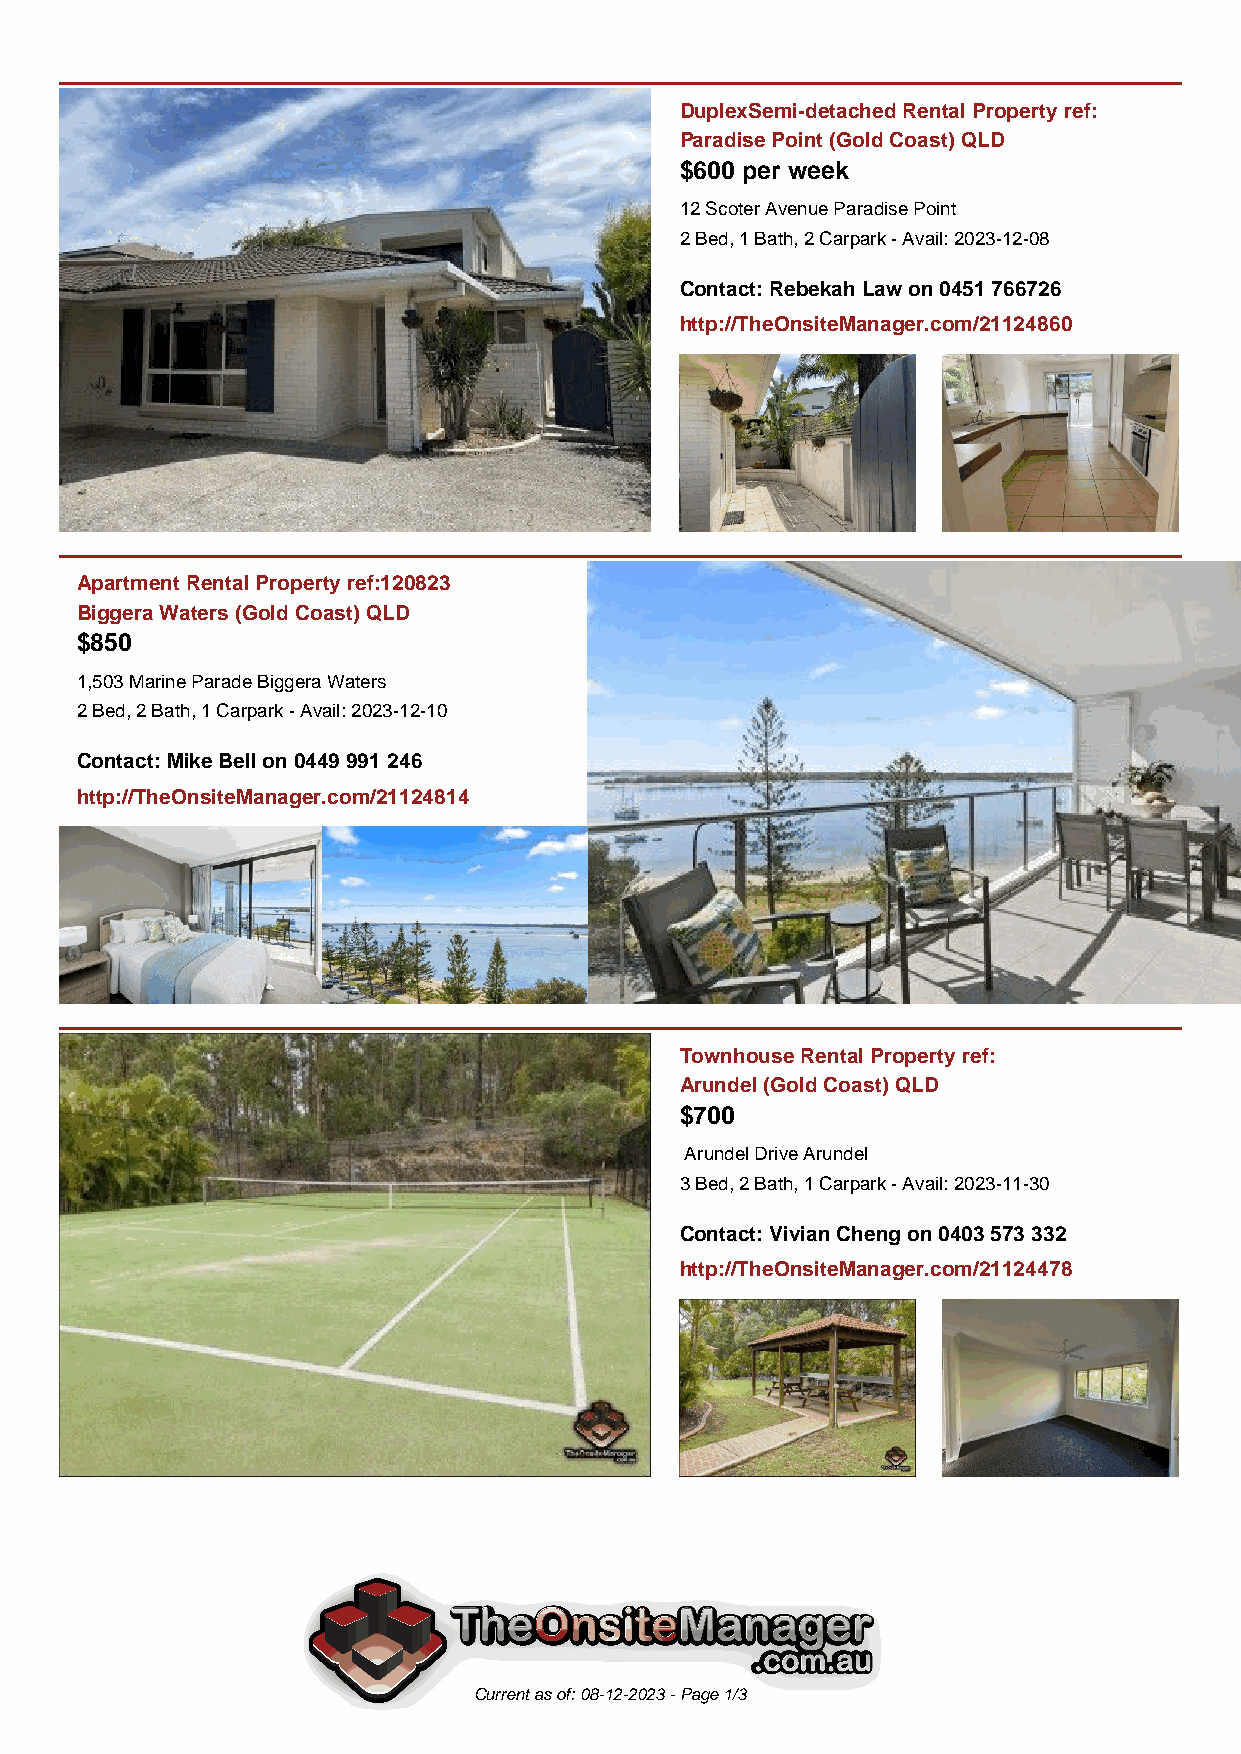
DuplexSemi-detached Rental Property ref:
 Paradise Point (Gold Coast) QLD
 $600 per week
 12 Scoter Avenue Paradise Point
 2 Bed, 1 Bath, 2 Carpark - Avail: 2023-12-08
 Contact: Rebekah Law on 0451 766726
 http://TheOnsiteManager.com/21124860
 Apartment Rental Property ref:120823
 Biggera Waters (Gold Coast) QLD
 $850
 1,503 Marine Parade Biggera Waters
 2 Bed, 2 Bath, 1 Carpark - Avail: 2023-12-10
 Contact: Mike Bell on 0449 991 246
 http://TheOnsiteManager.com/21124814
 Townhouse Rental Property ref:
 Arundel (Gold Coast) QLD
 $700
 Arundel Drive Arundel
 3 Bed, 2 Bath, 1 Carpark - Avail: 2023-11-30
 Contact: Vivian Cheng on 0403 573 332
 http://TheOnsiteManager.com/21124478
 Current as of: 08-12-2023 - Page 1/3